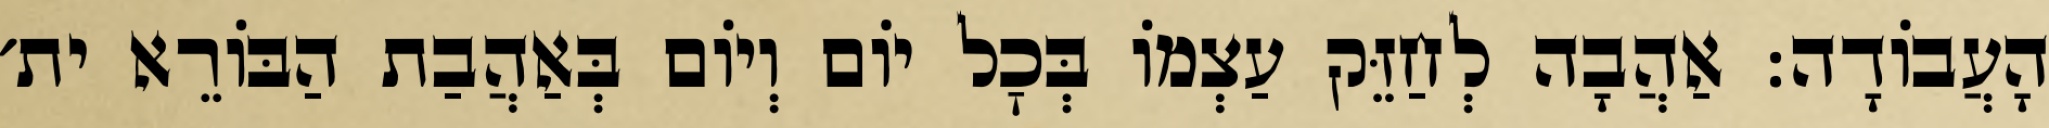
הָעֲבוֹדָה: אַהֲבָה לְחַזֵּק עַצְמוֹ בְּכׇל יוֹם וְיוֹם בְּאַהֲבַת הַבּוֹרֵא ית׳